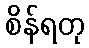
စိန်ရတု